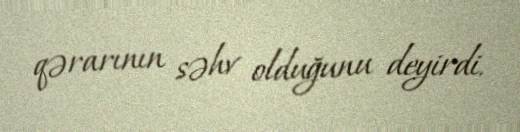
qərarının səhv olduğunu deyirdi.